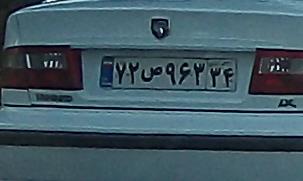
۷۲ص۹۶۳۳۴